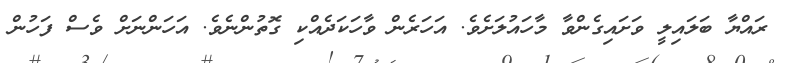
ރައްޔާ ބަލައިލީ ވަށައިގެންވާ މާހައުލަށެވެ. އަހަރެން ވާހަކަދެއްކި ގޮތުންނެވެ. އަހަންނަށް ވެސް ފަހުން